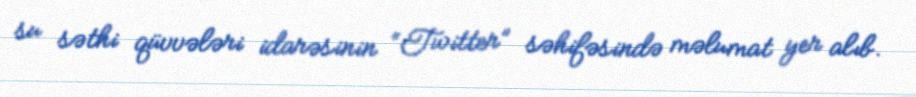
su səthi qüvvələri idarəsinin “Twitter” səhifəsində məlumat yer alıb.